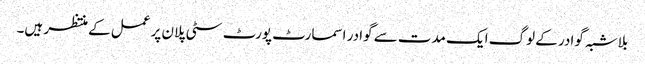
بلاشبہ گوادر کے لوگ ایک مدت سے گوادر اسمارٹ پورٹ سٹی پلان پر عمل کے منتظر ہیں۔